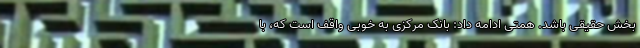
بخش حقیقی باشد. همتی ادامه داد: بانک مرکزی به خوبی واقف است که، با